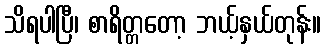
သိရပါပြီ၊ စာရိတ္တတော့ ဘယ့်နှယ်တုန်း။